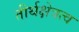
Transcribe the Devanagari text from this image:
तीर्थक्षेत्रत्व